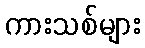
ကားသစ်များ